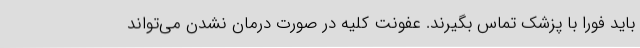
باید فوراً با پزشک تماس بگیرند. عفونت کلیه در صورت درمان نشدن می‌تواند